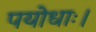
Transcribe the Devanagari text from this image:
पयोधाः।